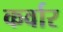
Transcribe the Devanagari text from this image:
कर्वार